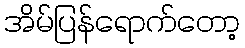
အိမ်ပြန်ရောက်တော့